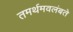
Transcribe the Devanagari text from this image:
तमर्थमवलंबते